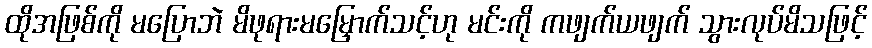
ထိုအဖြစ်ကို မပြောဘဲ မိဖုရားမမြှောက်သင့်ဟု မင်းကို ကဖျက်ယဖျက် သွားလုပ်မိသဖြင့်